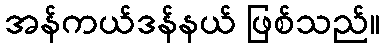
အန်ကယ်ဒန်နယ် ဖြစ်သည်။